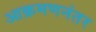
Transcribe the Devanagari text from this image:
आक्रमणनंतर